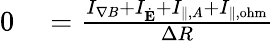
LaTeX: \begin{array}{rl}{0}&{{}=\frac{I_{\nabla B}+I_{\dot{\mathbf{E}}}+I_{\| ,A}+I_{\| ,\mathrm{ohm}}}{\Delta R}}\end{array}